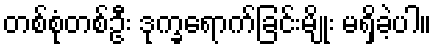
တစ်စုံတစ်ဦး ဒုက္ခရောက်ခြင်းမျိုး မရှိခဲ့ပါ။